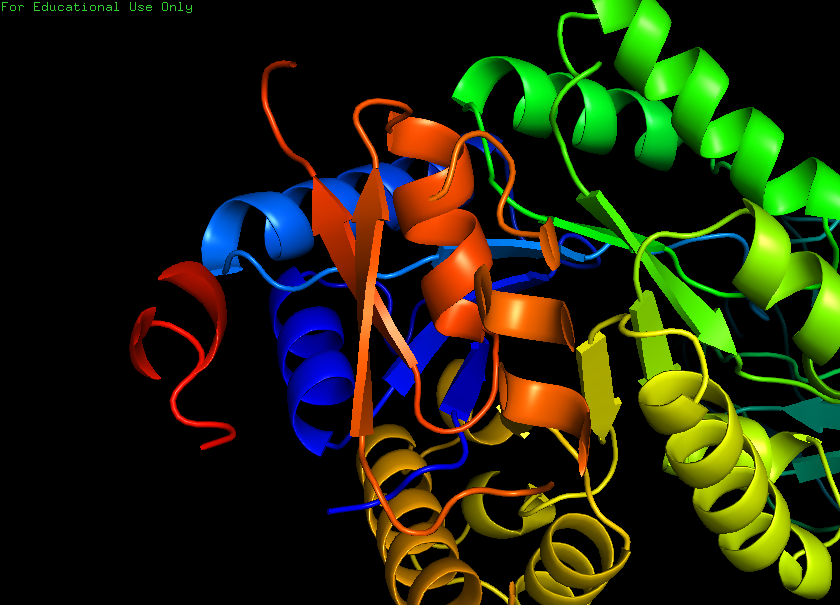
pymol, preset, ligand_cartoon